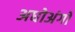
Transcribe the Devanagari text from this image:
अधोअंगो